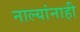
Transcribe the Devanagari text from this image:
नाल्यांनाही